Triennial report on the lunatic asylums in the province of Eastern Bengal and Assam - 1903-1911
Year: 1903
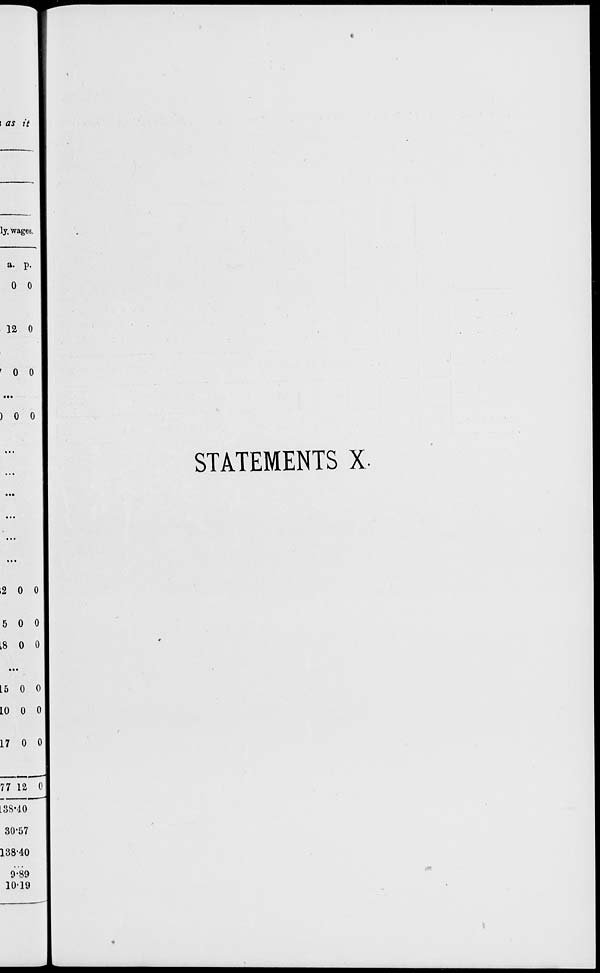
STATEMENTS X.